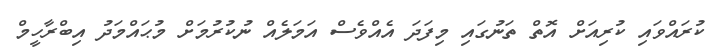
ކުރައްވައި ކުރިއަށް އޮތް ތަނުގައި މިފަދަ އެއްވެސް އަމަލެއް ނުކުރުމަށް މުޙައްމަދު އިބްރާހީމް